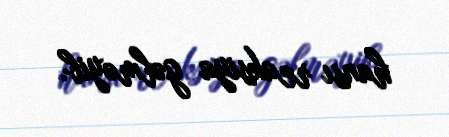
hansı reaksiya gəlməyib.